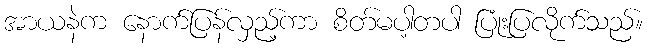
အာယနဲက နောက်ပြန်လှည့်ကာ စိတ်မပါ့တပါ ပြုံးပြလိုက်သည်။